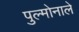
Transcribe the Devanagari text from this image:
पुल्मोनाले